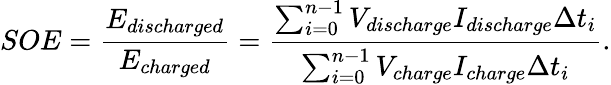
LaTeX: SOE=\frac{E_{discharged}}{E_{charged}}=\frac{\sum_{i=0}^{n-1}{V_{discharge}I_{discharge}\Delta t_{i}}}{\sum_{i=0}^{n-1}{V_{charge}I_{charge}\Delta t_{i}}}.